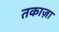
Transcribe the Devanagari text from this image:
तकाज़ा